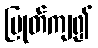
ပြုတ်ကျ၍